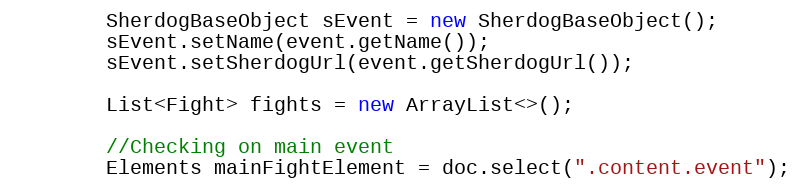
Language: Java
        SherdogBaseObject sEvent = new SherdogBaseObject();
        sEvent.setName(event.getName());
        sEvent.setSherdogUrl(event.getSherdogUrl());

        List<Fight> fights = new ArrayList<>();

        //Checking on main event
        Elements mainFightElement = doc.select(".content.event");